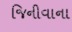
જિનીવાના